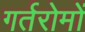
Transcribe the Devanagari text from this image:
गर्तरोमों